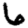
Digit: 6